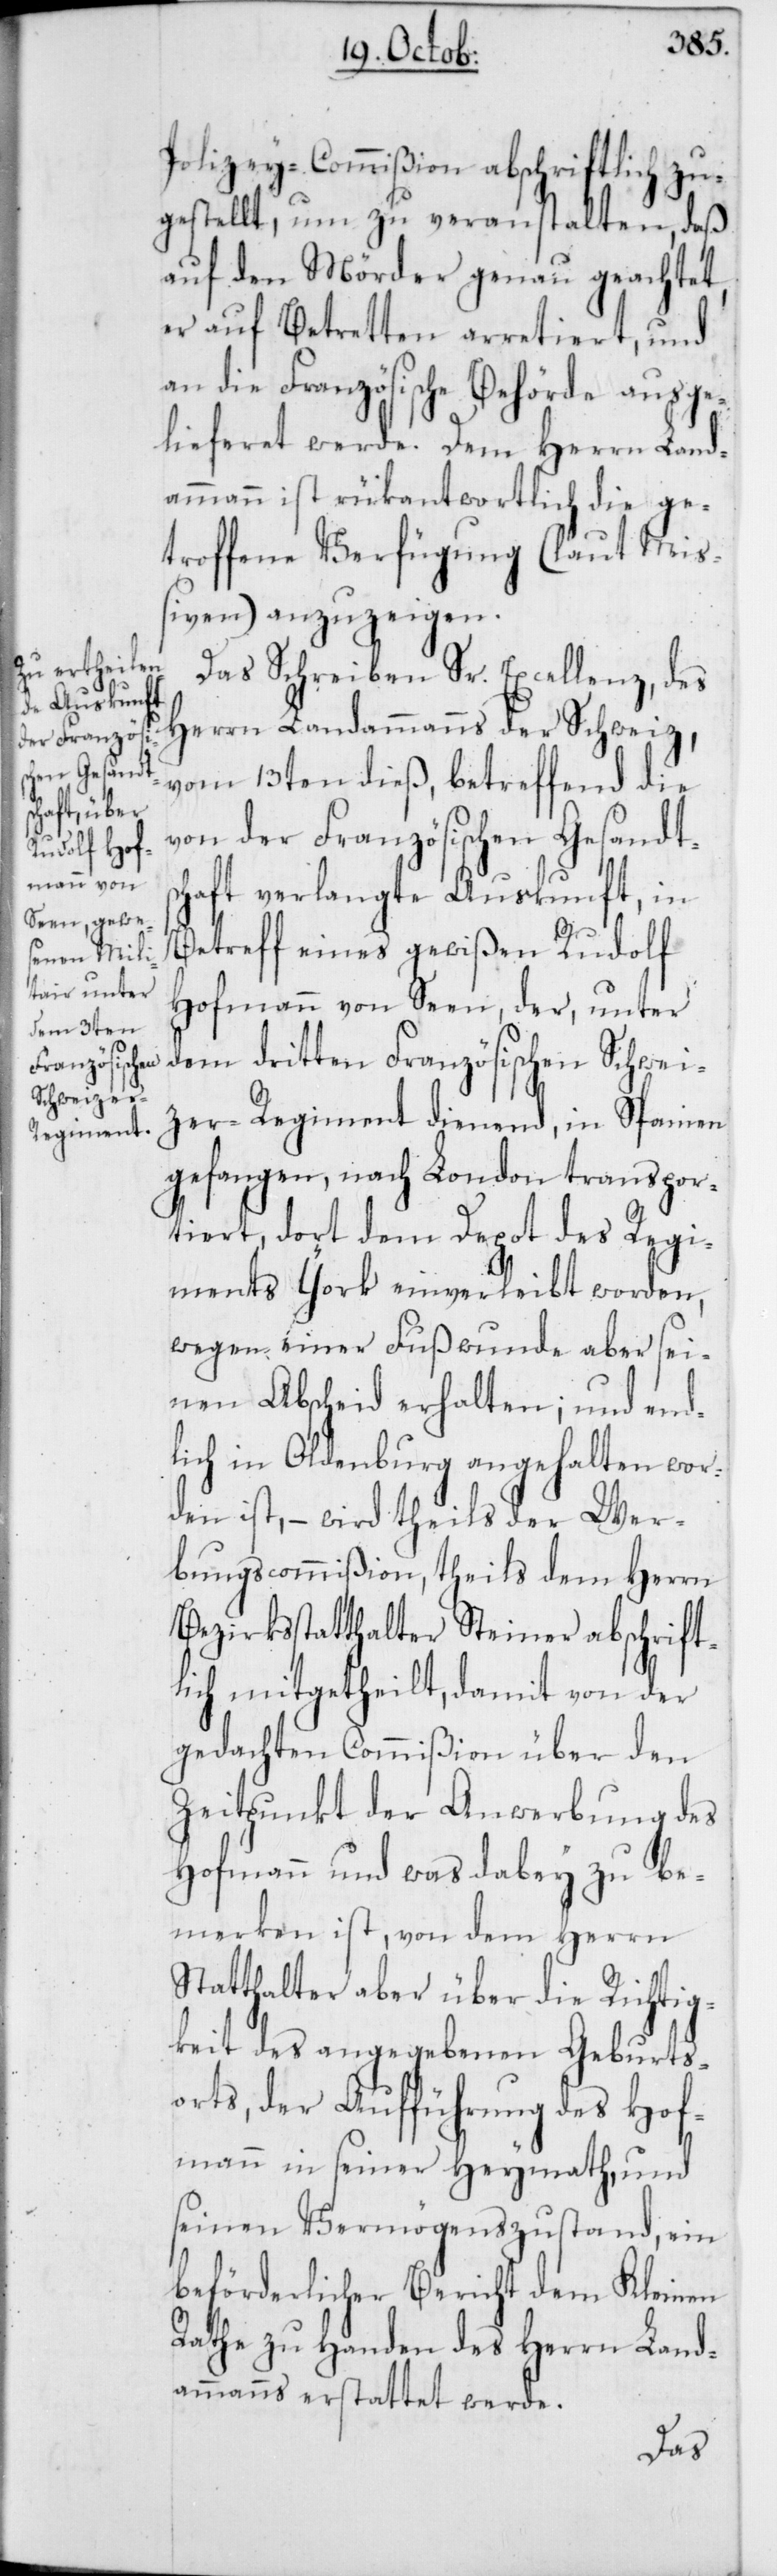
Polizey-Commißion abschriftlich zu¬
gestellt, um zu veranstalten, daß
auf den Mörder genau geachtet,
er auf Betretten arretiert, und
an die Französische Behörde ausge¬
lieferet werde. Dem Herrn Land¬
ammann ist rükantwortlich die ge¬
troffene Verfügung (laut Mi¬
ßiven) anzuzeigen.
Das Schreiben Sr. Excellenz, des
Herren Landammanns der Schweiz,
vom 13ten dieß, betreffend die
von der Französischen Gesandts¬
chaft verlangte Auskunft, in
Betreff eines gewißen Rudolf
Hofmann von Seen, der, unter
dem dritten Französischen Schwei¬
zer-Regiment dienend, in Spanien
gefangen, nach London transpor¬
tiert, dort dem Depot des Regi¬
ments York einverleibt worden,
wegen einer Fußwunde aber sei¬
nen Abscheid erhalten; und end¬
lich in Oldenburg angehalten wor¬
den ist, – wird theils der Wer¬
bungscommißion, theils dem Herrn
Bezirksstatthalter Steiner abschrift¬
lich mitgetheilt, damit von der
gedachten Commißion über den
Zeitpunkt der Anwerbung des
Hofmann und was dabey zu be¬
merken ist, von dem Herrn
Statthalter aber über die Richtig¬
keit des angegebenen Geburts¬
orts, der Aufführung des Hof¬
mann in seiner Heymath, und
seinen Vermögenszustand, ein
beförderlicher Bericht dem Kleinen
Rathe zu Handen des Herrn Land¬
ammanns erstattet werde.